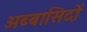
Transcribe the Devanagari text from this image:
अब्बासिदों